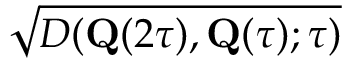
\sqrt { D ( \mathbf { Q } ( 2 \tau ) , \mathbf { Q } ( \tau ) ; \tau ) }